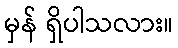
မှန် ရှိပါသလား။